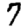
Digit: 7